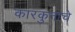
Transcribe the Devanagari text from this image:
कारकुनाचे